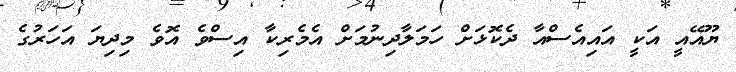
ޔޫއޭއީ އަކީ އައިއެސްއާ ދެކޮޅަށް ހަމަލާދިނުމަށް އެމެރިކާ އިސްވެ އޮވެ މިދިޔަ އަހަރުގެ